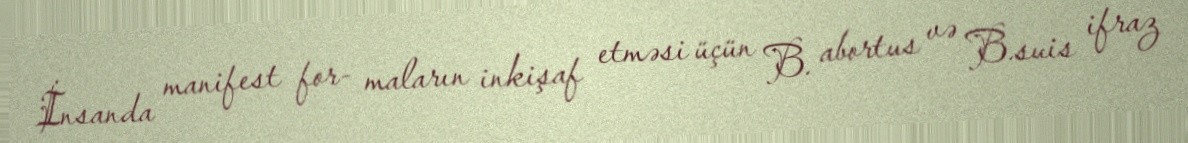
İnsanda manifest for- maların inkişaf etməsi üçün B. abortus və B.suis ifraz